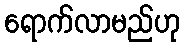
ရောက်လာမည်ဟု